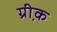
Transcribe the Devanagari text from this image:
ग्री़क